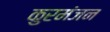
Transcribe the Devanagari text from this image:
कुरमंजन